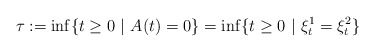
\begin{align*}\tau :=\inf \{ t \ge 0 \ | \ A(t)=0 \}= \inf \{ t \ge 0 \ | \ \xi^1_t=\xi^2_t \}\end{align*}